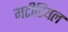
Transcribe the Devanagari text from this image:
मटीरियल